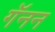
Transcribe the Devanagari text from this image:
गॅनन